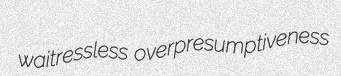
waitressless overpresumptiveness